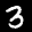
Label: 3